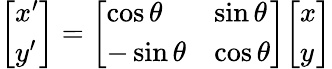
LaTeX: {\left[\begin{array}{l}{x^{\prime}}\\ {y^{\prime}}\end{array}\right]}={\left[\begin{array}{ll}{\cos\theta}&{\sin\theta}\\ {-\sin\theta}&{\cos\theta}\end{array}\right]}{\left[\begin{array}{l}{x}\\ {y}\end{array}\right]}